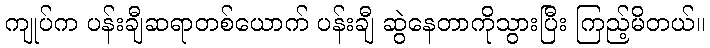
ကျုပ်က ပန်းချီဆရာတစ်ယောက် ပန်းချီ ဆွဲနေတာကိုသွားပြီး ကြည့်မိတယ်။